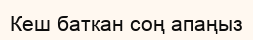
Кеш баткан соң апаңыз